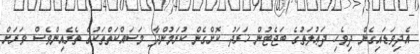
އެދިވަޑައިގެން ދިވެހި ދަޢުލަތުގެ ބަޖެޓުން ޚަރަދު ކޮށްގެން ކުރަމުންދާ މަސައްކަތްތަކުގެ ތެރެއިންވެސް ވަރަށް